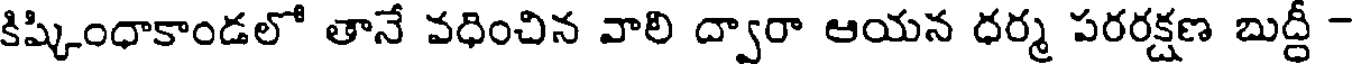
కిష్కింధాకాండలో తానే వధించిన వాలి ద్వారా ఆయన ధర్మ పరరక్షణ బుద్ధీ -